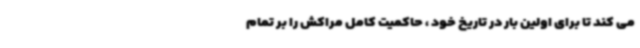
می کند تا برای اولین بار در تاریخ خود ، حاکمیت کامل مراکش را بر تمام